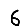
Digit: 6